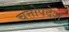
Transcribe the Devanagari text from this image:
चत्तोपदेश